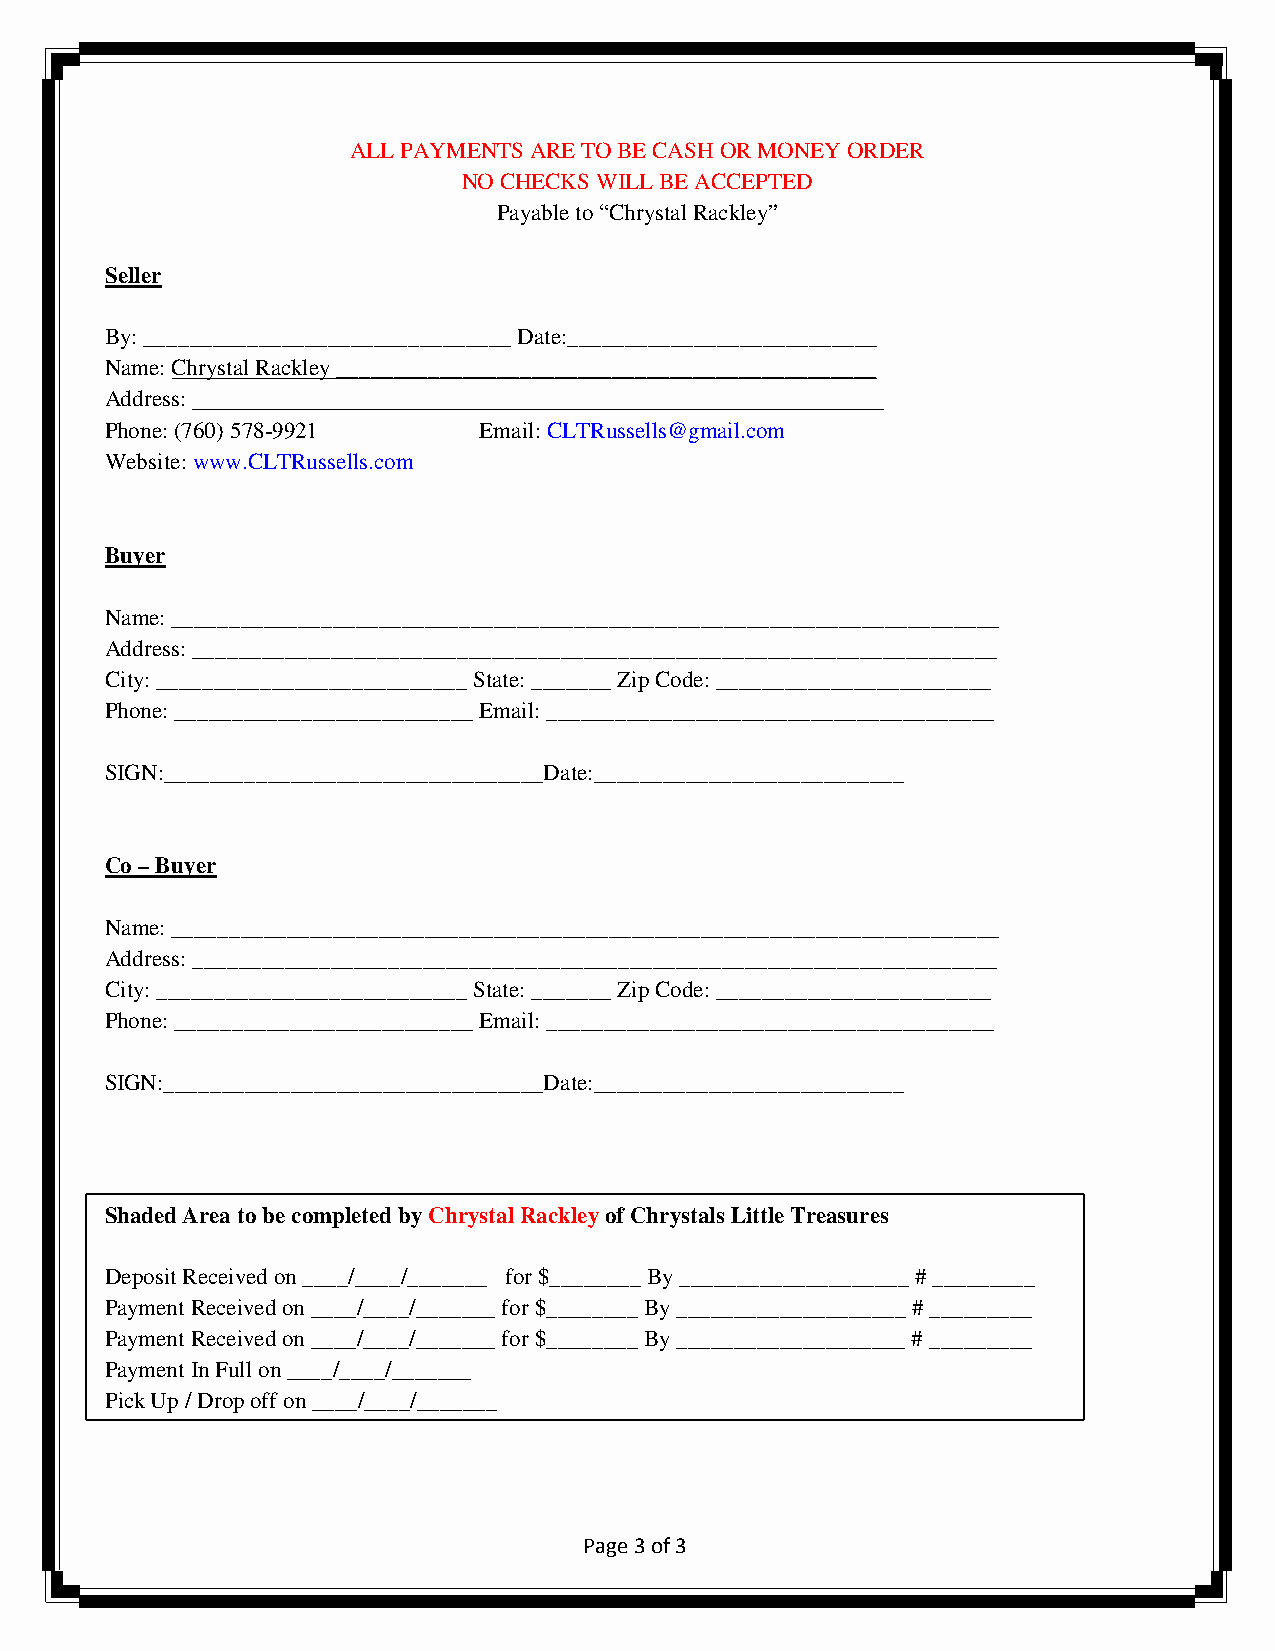
ALL PAYMENTS ARE TO BE CASH OR MONEY ORDER
 NO CHECKS WILL BE ACCEPTED
 Payable to “Chrystal Rackley”
 Seller
 By: ________________________________ Date:___________________________
 Name: Chrystal Rackley _______________________________________________
 Address:
 Phone: (760) 578-9921    Email: CLTRussells@gmail.com
 Website: www.CLTRussells.com
 Buyer
 Name: ________________________________________________________________________
 Address: ______________________________________________________________________
 City: ___________________________ State: _______ Zip Code: ________________________
 Phone: __________________________ Email: _______________________________________
 SIGN:_________________________________Date:___________________________
 Co – Buyer
 Name: ________________________________________________________________________
 Address: ______________________________________________________________________
 City: ___________________________ State: _______ Zip Code: ________________________
 Phone: __________________________ Email: _______________________________________
 SIGN:_________________________________Date:___________________________
 Shaded Area to be completed by Chrystal Rackley of Chrystals Little Treasures
 Deposit Received on ____/____/_______ for $________ By ____________________ # _________
 Payment Received on ____/____/_______ for $________ By ____________________ # _________
 Payment Received on ____/____/_______ for $________ By ____________________ # _________
 Payment In Full on ____/____/_______
 Pick Up / Drop off on ____/____/_______
 Page 3 of 3